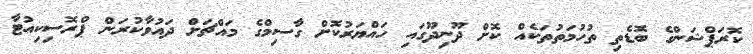
ކޮރަޕްޝަންގެ ބޮޑެތި ތުހުމަތުތަކެއް ކޮށް ދޫނިދޫގައި ހައްޔަރުކޮށް ގާސިމްގެ މައްޗަށް ދައުވާކުރަން ޕްރޮސިކިއުޓާ